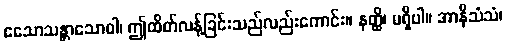
ဧသောသန္တာသောဝါ၊ ဤထိတ်လန့်ခြင်းသည်လည်းကောင်း။ နတ္ထိ၊ မရှိပါ။ အာနိသံသံ၊